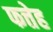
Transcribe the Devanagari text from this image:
फत्तेह